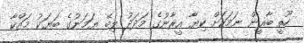
ހޫތީ ބާޣީން ނަމަކަށް ކިޔާ އީރާނުގެ މަދަދު ލިބޭ ޔަމަނުގެ ބަޔަކު މައްކާ